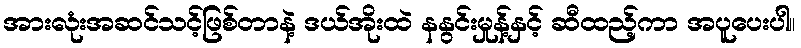
အားလုံးအဆင်သင့်ဖြစ်တာနဲ့ ဒယ်အိုးထဲ နနွင်းမှုန့်နှင့် ဆီထည့်ကာ အပူပေးပါ။